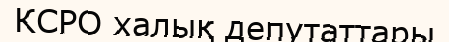
КСРО халық депутаттары